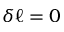
\delta \ell = 0